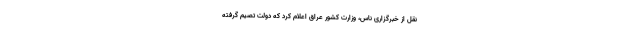
نقل از خبرگزاری ناس، وزارت کشور عراق اعلام کرد که دولت تصیم گرفته